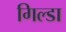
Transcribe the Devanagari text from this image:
गिल्डा